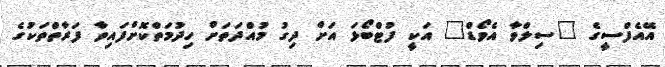
އޭއެފްސީގެ "ސިލްވާ އެވޯޑް" އަކީ ފުޓްބޯޅަ އަށް ދިގު މުއްދަތަށް ހިދުމަތްކޮށްފައިވާ ފަރާތްތަކުގެ